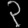
Digit: ၃